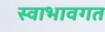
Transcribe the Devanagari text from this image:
स्वाभावगत